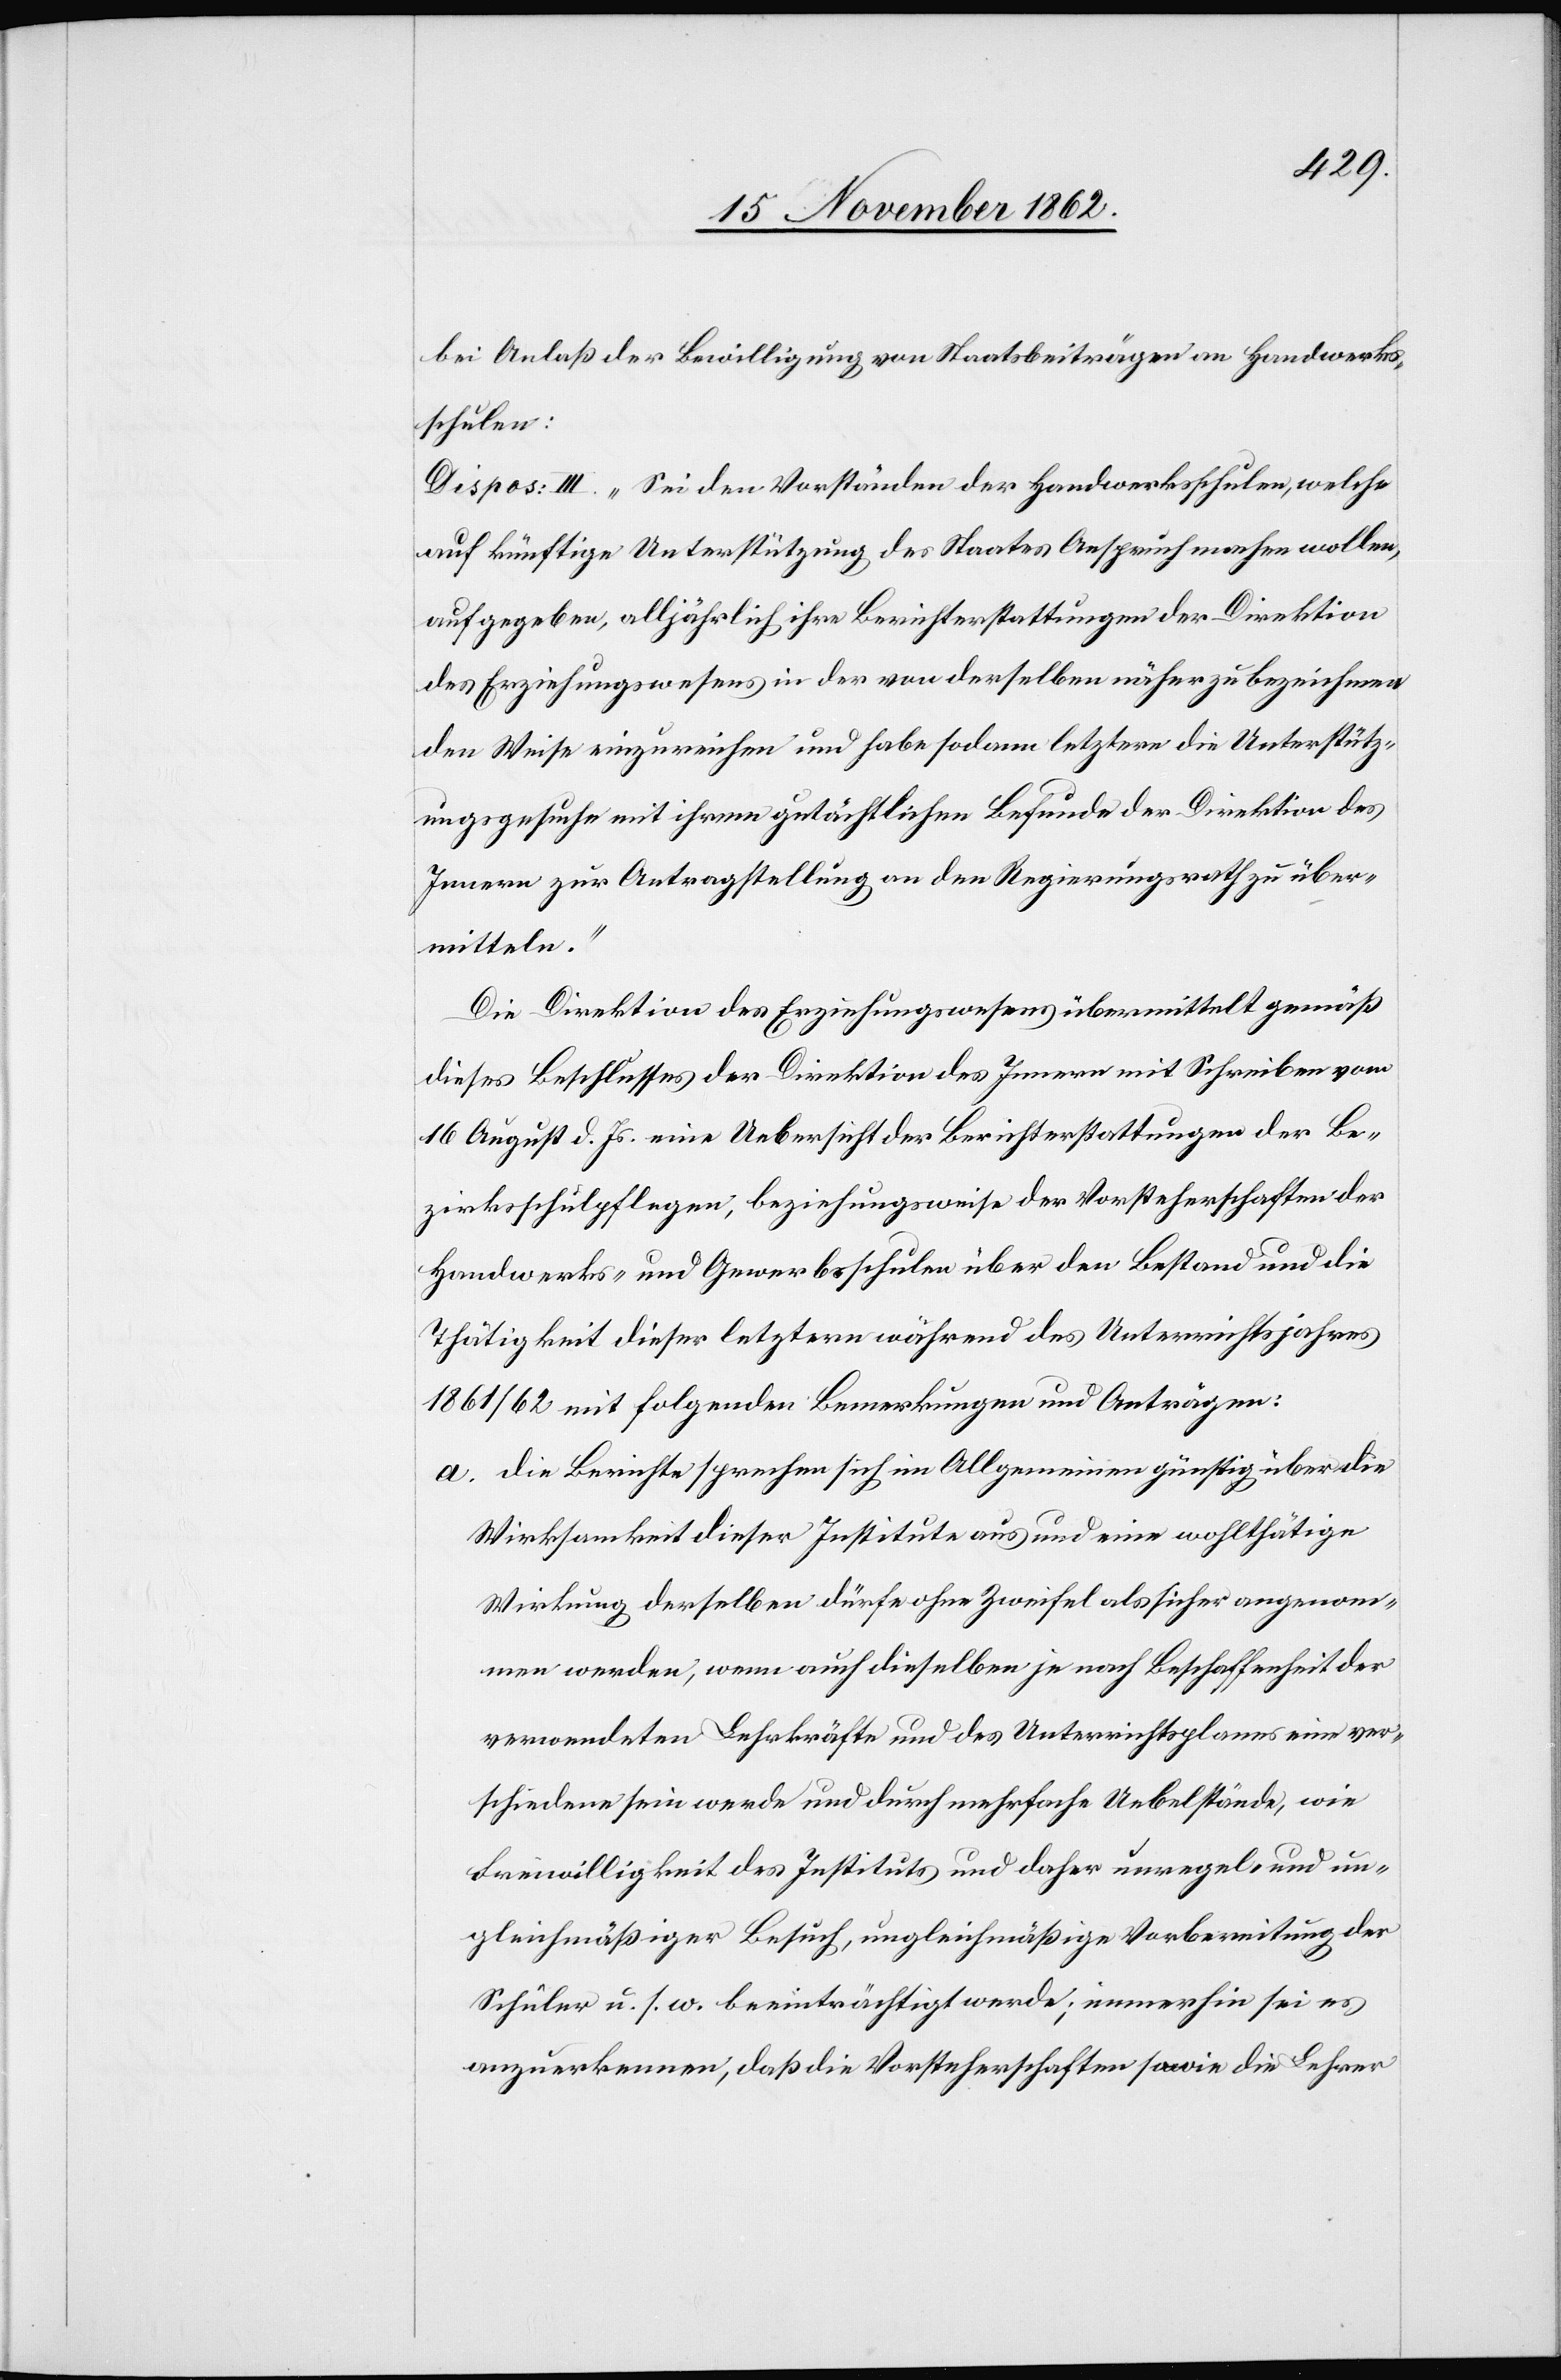
bei Anlaß der Bewilligung von Staatsbeiträgen an Handwerks¬
schulen:
Dispos: III. „Sei den Vorständen der Handwerksschulen, welche
auf künftige Unterstützung des Staates Anspruch machen wollen,
aufgegeben, alljährlich ihre Berichterstattungen der Direktion
des Erziehungswesens in der von derselben näher zu bezeichnen¬
den Weise einzureichen und habe sodann letztere die Unterstütz¬
ungsgesuche mit ihrem gutächtlichen Befunde der Direktion des
Innern zur Antragstellung an den Regierungsrath zu über¬
mitteln.“
Die Direktion des Erziehungswesens übermittelt gemäß
dieses Beschlusses der Direktion des Innern mit Schreiben vom
16. August d. Js. eine Uebersicht der Berichterstattungen der Be¬
zirksschulpflegen, beziehungsweise der Vorsteherschaften der
Handwerks- und Gewerbsschulen über den Bestand und die
Thätigkeit dieser letztern während des Unterrichtsjahres
1861/62 mit folgenden Bemerkungen und Anträgen:
a. die Berichte sprechen sich im Allgemeinen günstig über die
Wirksamkeit dieser Institute aus und eine wohlthätige
Wirkung derselben dürfe ohne Zweifel als sicher angenom¬
men werden, wenn auch dieselben je nach Beschaffenheit der
verwendeten Lehrkräfte und des Unterrichtsplanes eine ver¬
schiedene sein werde und durch mehrfache Uebelstände, wie
Freiwilligkeit des Instituts und daher unregel- und un¬
gleichmäßiger Besuch, ungleichmäßige Vorbereitung der
Schüler u. s. w. beeinträchtigt werde; immerhin sei es
anzuerkennen, daß die Vorsteherschaften sowie die Lehrer